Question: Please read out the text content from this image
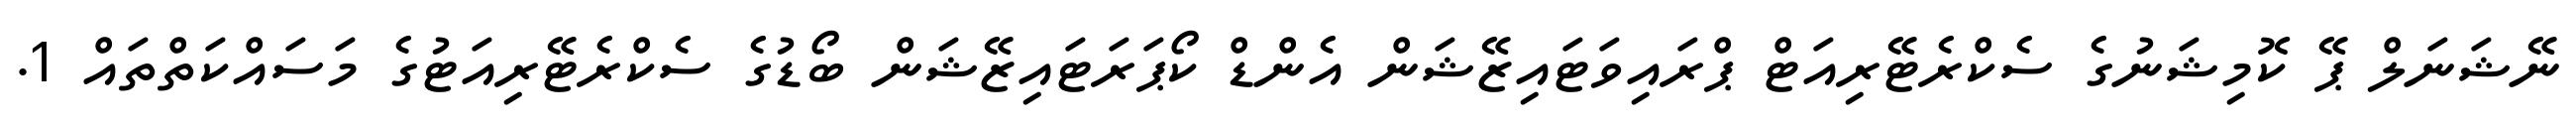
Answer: ނޭޝަނަލް ޕޭ ކޮމިޝަނުގެ ސެކްރެޓޭރިއަޓް ޕްރައިވަޓައިޒޭޝަން އެންޑް ކޯޕަރަޓައިޒޭޝަން ބޯޑުގެ ސެކްރެޓޭރިއަޓުގެ މަސައްކަތްތައް 1.